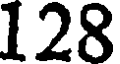
128